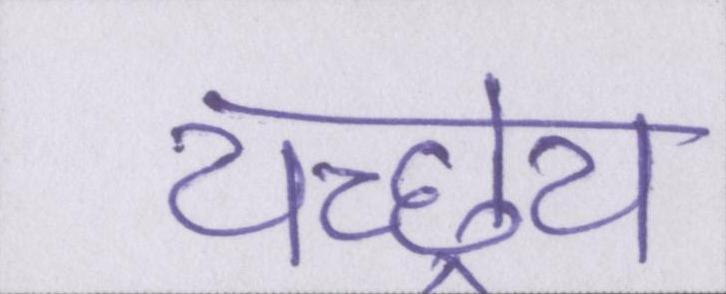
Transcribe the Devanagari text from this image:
यच्छ्रेय